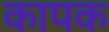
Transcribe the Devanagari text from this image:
कापक